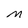
Character: M